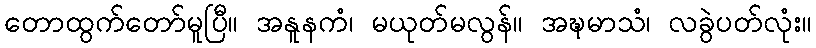
တောထွက်တော်မူပြီ။ အနူနကံ၊ မယုတ်မလွန်။ အဍ္ဎမာသံ၊ လခွဲပတ်လုံး။